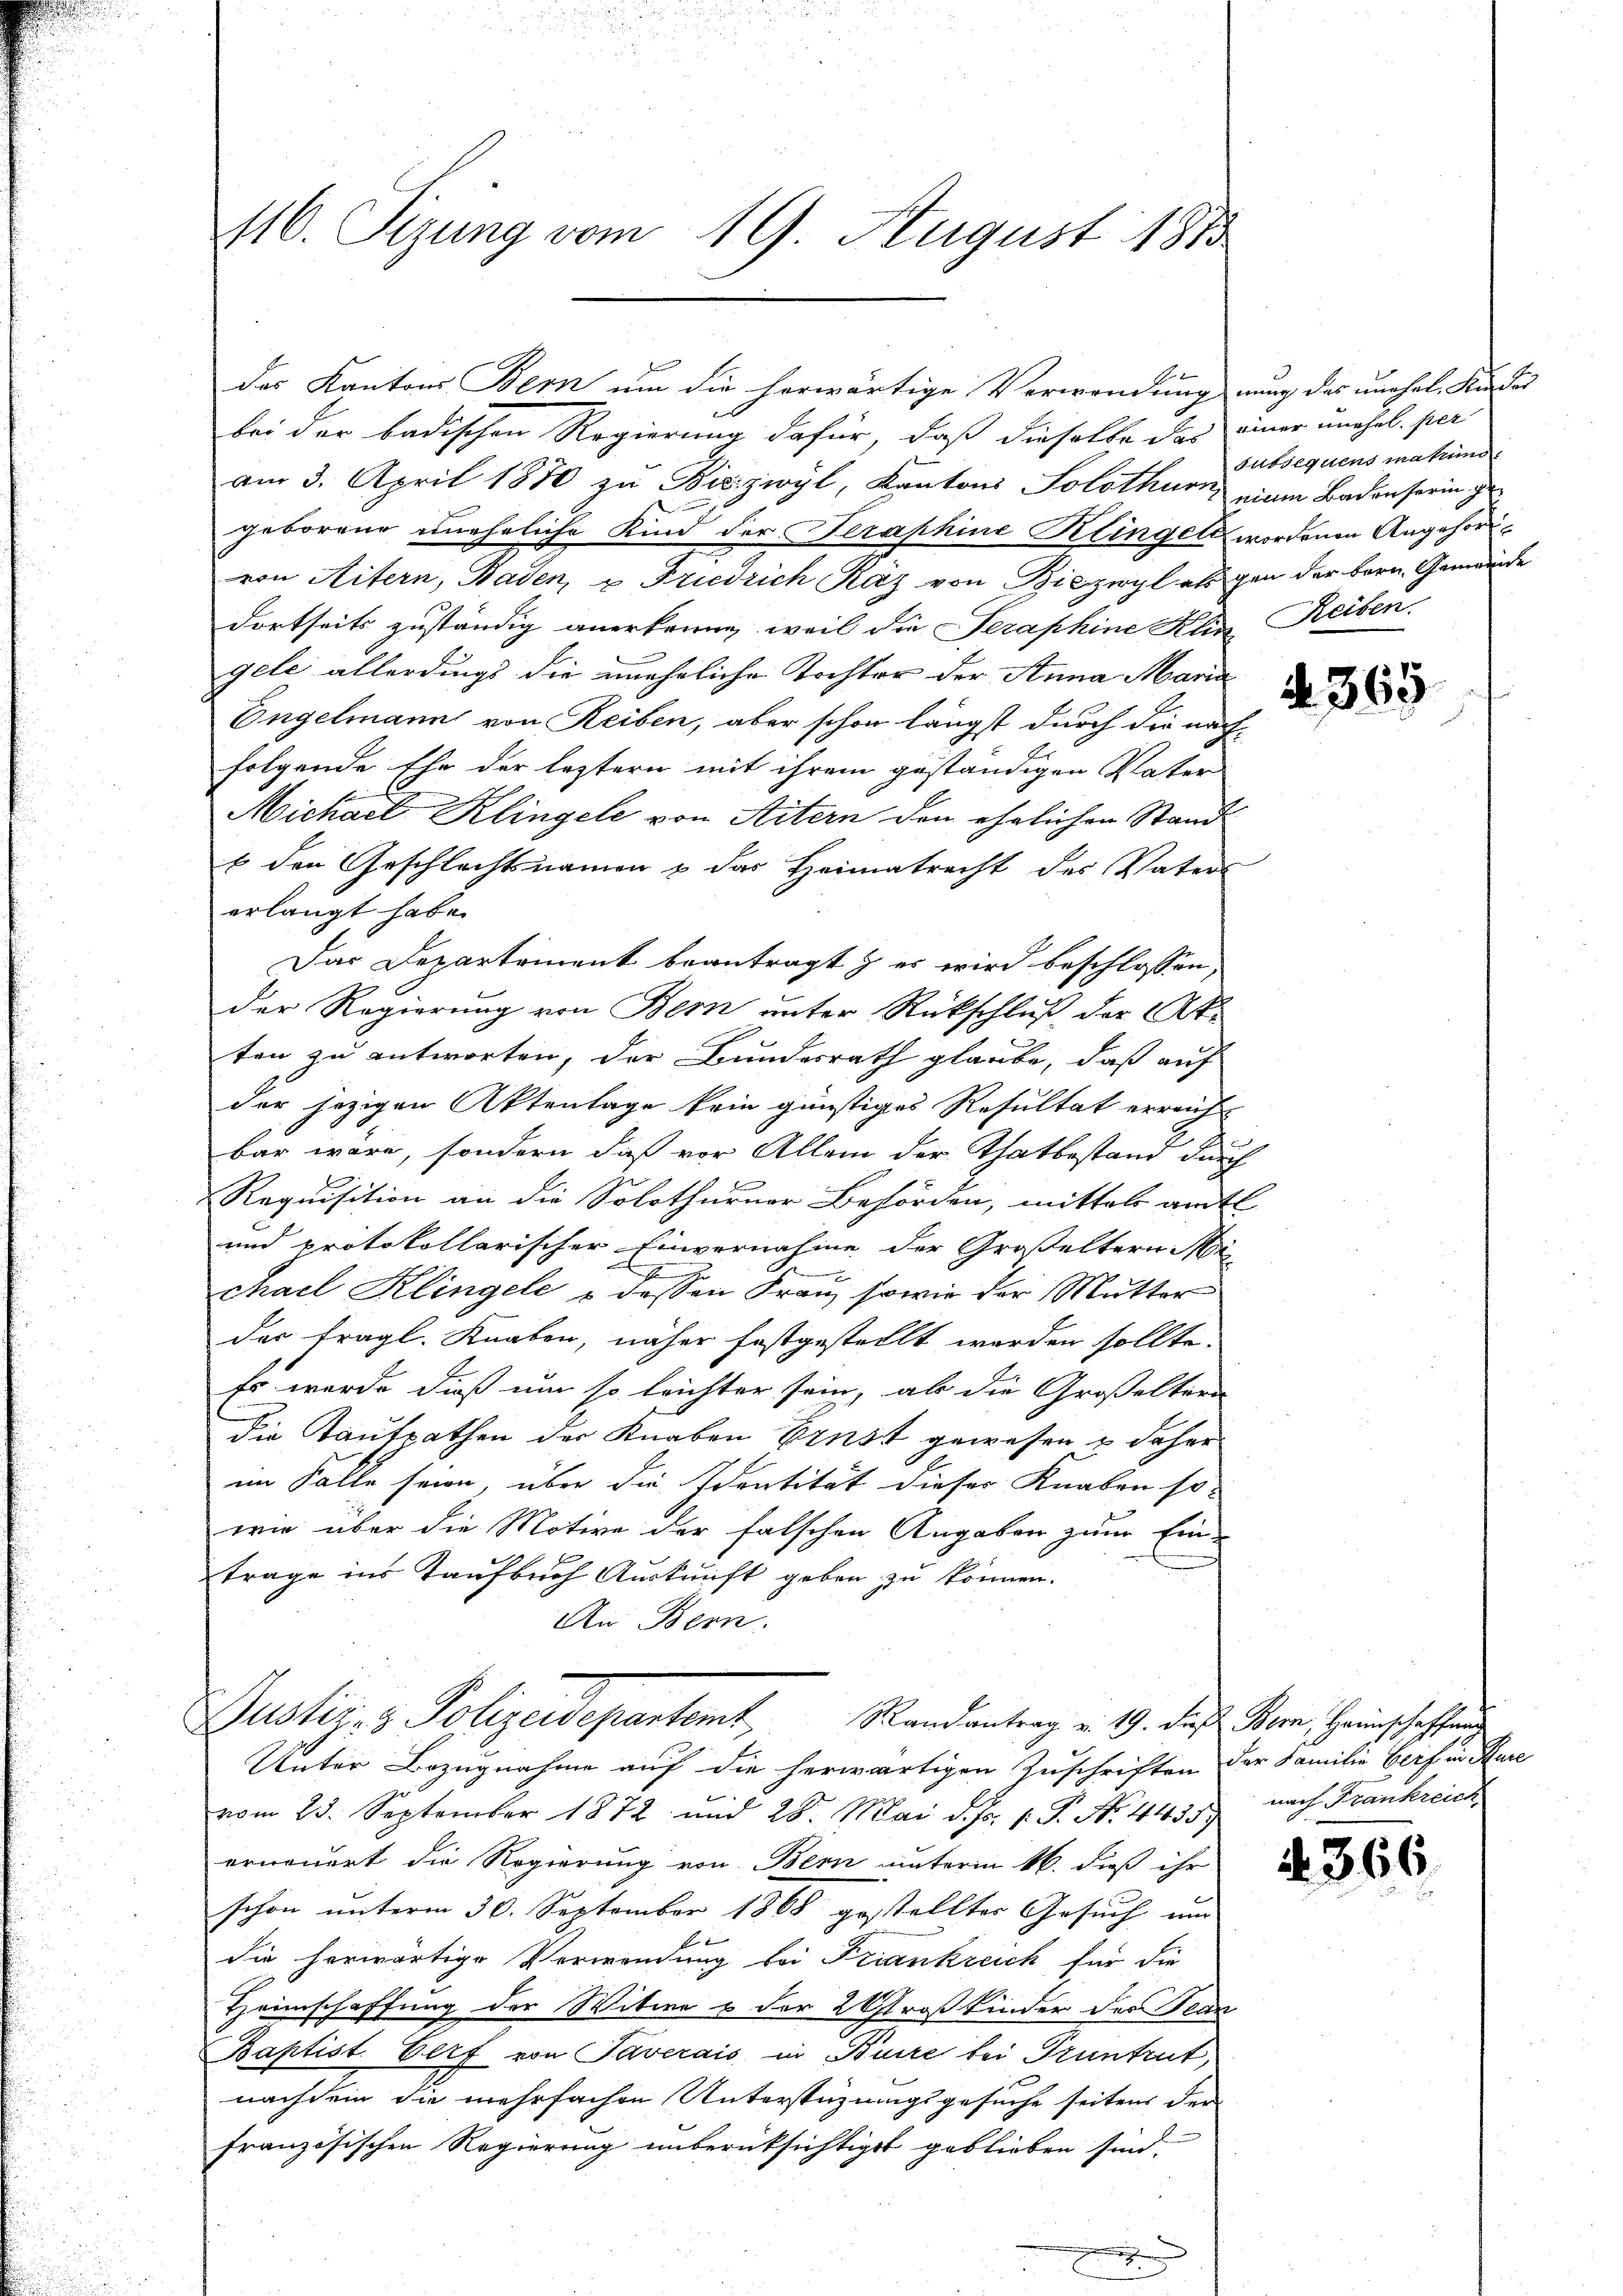
116. Sizung vom 19. August 1873

des Kantons Bern um die herwärtige Verwendung nung des unehel. Kindes
bei der badischen Regierung dafür, daß dieselbe das einer unehel. per
am 3. April 1870 zu Bisizwyl, Kantons Solothurn, einen Badenserin gegeborene uneheliche Kind der Seraphine Klingelt wordenen Angehörivon Mitern, Baden, u. Friedrich Raz von Biezwyl als gen der bern Gemeinde
dortseits zuständig anerkenne, weil die Seraphine Klin Reiben.
gele allerdings die uneheliche Tochter der Anna Maria
Engelmann von Reiben, aber schon längst durch die nachfolgende Ehe der leztern mit ihrem geständigen Vater
Michael Klingele von Aitern den ehelichen Stand
b den Geschlechtsnamen & das Heimatrecht des Vaters
erlangt habe.
Das Departement beantragt & es wird beschlossen,
der Regierung von Bern unter Rückschluß der ke
ten zu antworten, der Bundesrath glaube, daß auf
der jezigen Aktenlage kein günstiges Resultat erreicht
bar wäre, sondern daß vor Allem der Thatbestand durch
Requisition an die Solothurner Behörden, mittels amtl
und protokollarischer Einvernahme der Großeltern Mi
.
chael Klingele & dessen Frau, sowie der Mutter
der fragl. Knaben, näher festgestellt werden sollte.
Es werde dieß um so leichter sein, ab die Großeltern
die Kaufpathen der Knaben Ernst gewesen & daher
im Falle seien, über die Identität dieser Knaben so
wie über die Motive der falschen Angaben zum Ein-
2
trage ins Taufbuch Auskunft geben zu können.
An Bern.
Justiz- & Polizeidepartamt Randantrag v. 19. die Korn, Heinschaftung
Unter Bezugnahme auf die herwärtigen Zuschriften der Familie Gerf in Kure
vom 23. September 1872 und 28. Mai d. Js. v. P. Nr. 443. nach Frankreich
erneuert die Regierung von Bern unterm 16. dieß ihr
schon unterm 30. September 1868 gestellter Gesuch um
die herwärtige Verwendung bei Frankreich für die
Heimschaffung der Witwe & der 2 Estroßkinder der Bean
Baptist Verf von Taverais in Buire bei Pruntrut
nachdem die mehrfachen Unterstüzungsgesuche seitens der
französischen Regierung unberüksichtigst geblieben sind,

subsequens mahung

. 365